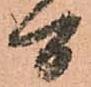
間